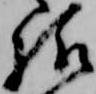
様